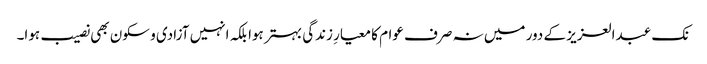
نک عبدالعزیز کے دور میں نہ صرف عوام کا معیارِ زندگی بہتر ہوا بلکہ انہیں آزادی و سکون بھی نصیب ہوا۔